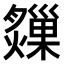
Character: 𤑗